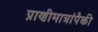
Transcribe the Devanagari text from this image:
प्राणीमात्रांपैकी